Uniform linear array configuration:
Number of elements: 24
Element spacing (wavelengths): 0.75
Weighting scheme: hamming
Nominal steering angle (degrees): -15
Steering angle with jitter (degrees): -13.261
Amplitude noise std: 0.05
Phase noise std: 0.05

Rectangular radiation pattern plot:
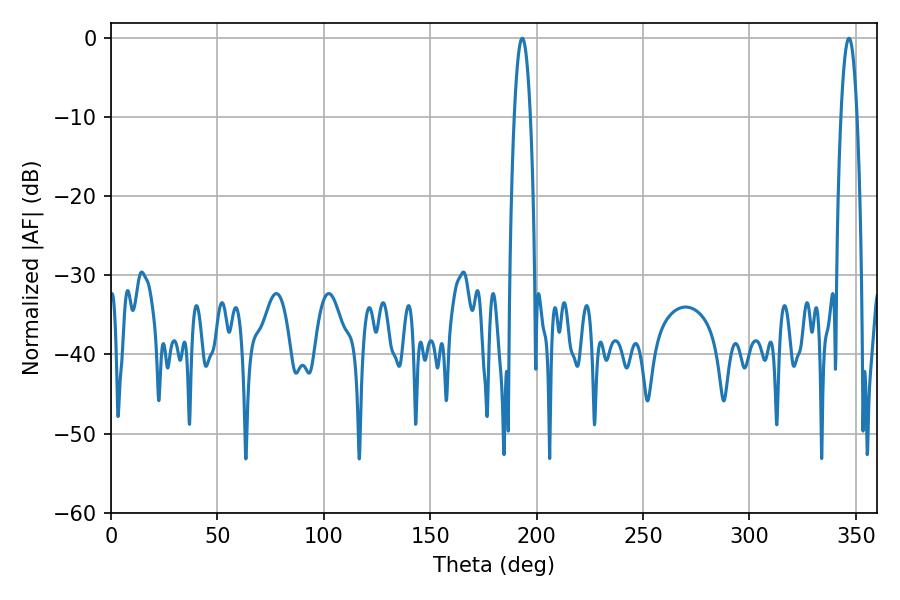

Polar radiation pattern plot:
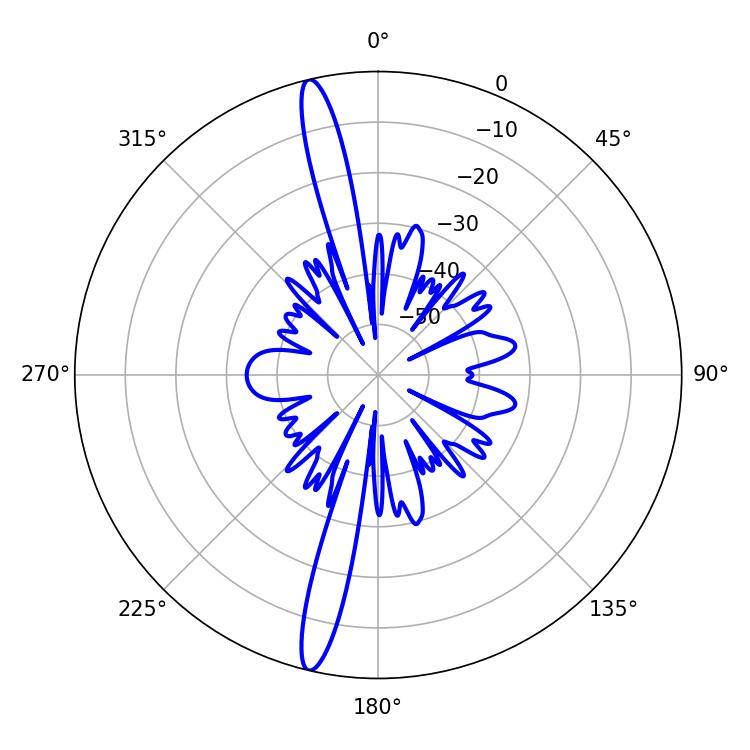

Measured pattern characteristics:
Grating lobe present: TRUE
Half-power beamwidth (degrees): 4.14
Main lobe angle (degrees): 193.32